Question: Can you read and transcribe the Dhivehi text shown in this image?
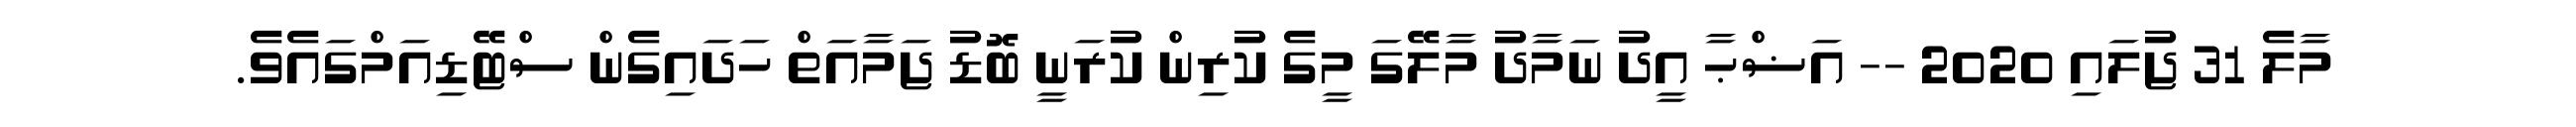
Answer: މާލެ 31 ޖުލައި 2020 -- އަޟްޙާ އީދު ނަމާދު މާލޭގަ މީގެ ކުރިން ކުރަނީ ބޮޑު ޖަމާއަތް ހަދައިގެން ސްޓޭޑިއަމްގައެވެ.